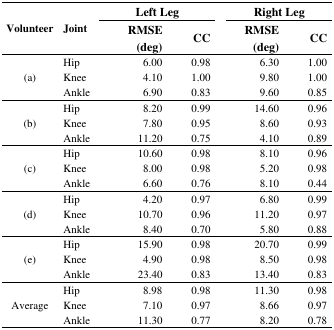
<table><thead><tr><td rowspan="3"><b>Volunteer</b></td><td rowspan="3"><b>Joint</b></td><td colspan="2"><b>Left Leg</b></td><td colspan="2"><b>Right Leg</b></td></tr><tr><td><b>RMSE (deg)</b></td><td><b>CC</b></td><td><b>RMSE (deg)</b></td><td><b>CC</b></td></tr></thead><tbody><tr><td rowspan="3">(a)</td><td>Hip</td><td>6.00</td><td>0.98</td><td>6.30</td><td>1.00</td></tr><tr><td>Knee</td><td>4.10</td><td>1.00</td><td>9.80</td><td>1.00</td></tr><tr><td>Ankle</td><td>6.90</td><td>0.83</td><td>9.60</td><td>0.85</td></tr><tr><td rowspan="3">(b)</td><td>Hip</td><td>8.20</td><td>0.99</td><td>14.60</td><td>0.96</td></tr><tr><td>Knee</td><td>7.80</td><td>0.95</td><td>8.60</td><td>0.93</td></tr><tr><td>Ankle</td><td>11.20</td><td>0.75</td><td>4.10</td><td>0.89</td></tr><tr><td rowspan="3">(c)</td><td>Hip</td><td>10.60</td><td>0.98</td><td>8.10</td><td>0.96</td></tr><tr><td>Knee</td><td>8.00</td><td>0.98</td><td>5.20</td><td>0.98</td></tr><tr><td>Ankle</td><td>6.60</td><td>0.76</td><td>8.10</td><td>0.44</td></tr><tr><td rowspan="3">(d)</td><td>Hip</td><td>4.20</td><td>0.97</td><td>6.80</td><td>0.99</td></tr><tr><td>Knee</td><td>10.70</td><td>0.96</td><td>11.20</td><td>0.97</td></tr><tr><td>Ankle</td><td>8.40</td><td>0.70</td><td>5.80</td><td>0.88</td></tr><tr><td rowspan="3">(e)</td><td>Hip</td><td>15.90</td><td>0.98</td><td>20.70</td><td>0.99</td></tr><tr><td>Knee</td><td>4.90</td><td>0.98</td><td>8.50</td><td>0.98</td></tr><tr><td>Ankle</td><td>23.40</td><td>0.83</td><td>13.40</td><td>0.83</td></tr><tr><td rowspan="3">Average</td><td>Hip</td><td>8.98</td><td>0.98</td><td>11.30</td><td>0.98</td></tr><tr><td>Knee</td><td>7.10</td><td>0.97</td><td>8.66</td><td>0.97</td></tr><tr><td>Ankle</td><td>11.30</td><td>0.77</td><td>8.20</td><td>0.78</td></tr></tbody></table>